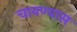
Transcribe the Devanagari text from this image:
चावण्यास